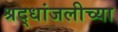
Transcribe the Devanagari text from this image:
श्रद्धांजलीच्या